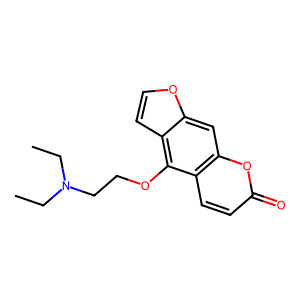
SMILES: CCN(CC)CCOc1c2ccoc2cc2oc(=O)ccc12
Inhibits HIV replication: No